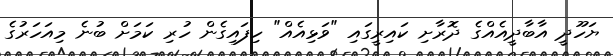
ޔަހޫދީ އާބާދީއެއްގެ ދޮރާށި ކައިރީގައި "ވަޅިއެއް" ހިފައިގެން ހުރި ކަމަށް ބުނެ މިއަހަރުގެ